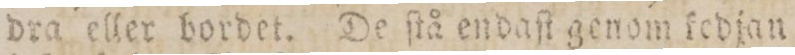
dra eller bordet. De ſtå endaſt genom kedjan